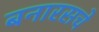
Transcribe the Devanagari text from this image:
बनारसचे